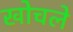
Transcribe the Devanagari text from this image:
खोचले